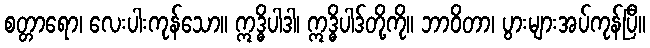
စတ္တာရော၊ လေးပါးကုန်သော။ ဣဒ္ဓိပါဒါ၊ ဣဒ္ဓိပါဒ်တို့ကို။ ဘာဝိတာ၊ ပွားများအပ်ကုန်ပြီ။